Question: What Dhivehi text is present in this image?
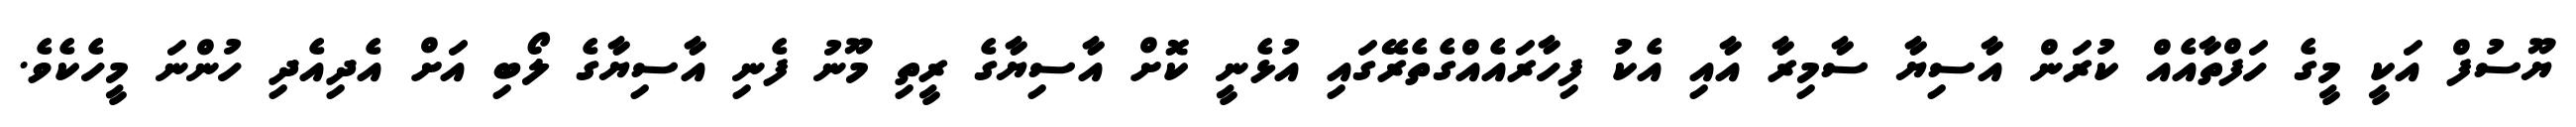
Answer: ޔޫސުފް އަކީ މީގެ ހަފްތާއެއް ކުރަން އާސިޔާ ސާމިރާ އާއި އެކު ފިހާރައެއްގެތެރޭގައި އުޅެނީ ކޮށް އާސިޔާގެ ރީތި މޫނު ފެނި އާސިޔާގެ ލޯބި އަށް އެދިއެދި ހުންނަ މީހެކެވެ.